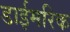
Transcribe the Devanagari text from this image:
डाईमरिक